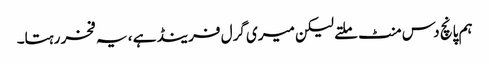
ہم پانچ دس منٹ ملتے لیکن میری گرل فرینڈ ہے ، یہ فخر رہتا۔